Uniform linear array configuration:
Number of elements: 64
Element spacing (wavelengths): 0.5
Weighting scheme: hann
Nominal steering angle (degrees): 60
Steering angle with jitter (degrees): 59.692
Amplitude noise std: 0.05
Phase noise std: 0.05

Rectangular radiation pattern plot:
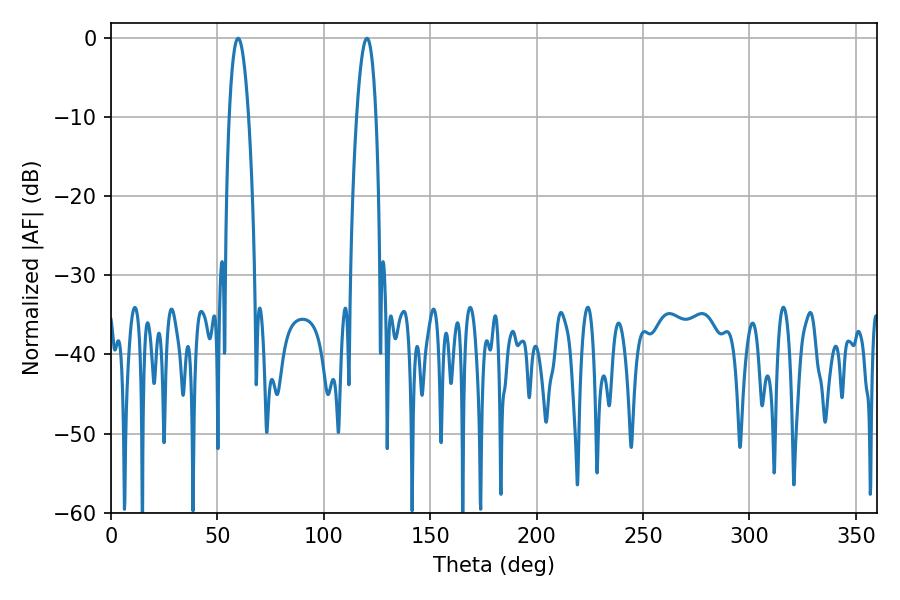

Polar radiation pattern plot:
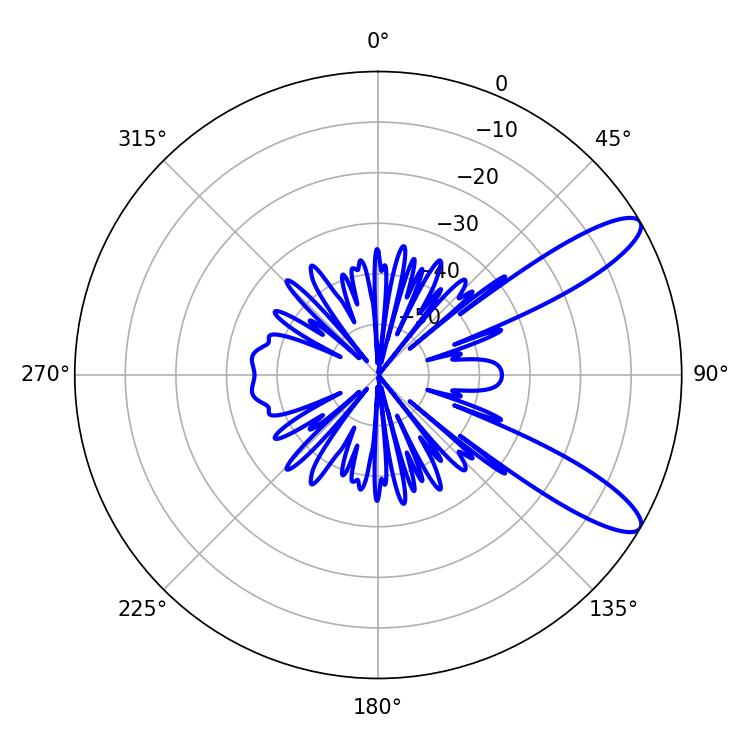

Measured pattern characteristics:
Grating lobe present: FALSE
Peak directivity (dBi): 10.865
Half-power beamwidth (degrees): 5.04
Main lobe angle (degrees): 59.76